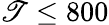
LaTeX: \mathscr{T}\le800